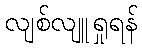
လျစ်လျူရှုရန်